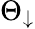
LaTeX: \Theta_{\downarrow}